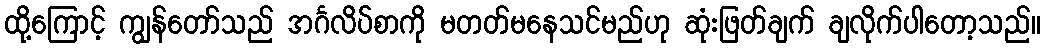
ထို့ကြောင့် ကျွန်တော်သည် အင်္ဂလိပ်စာကို မတတ်မနေသင်မည်ဟု ဆုံးဖြတ်ချက် ချလိုက်ပါတော့သည်။